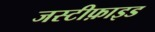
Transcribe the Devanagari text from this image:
जस्टीफ़ाइड